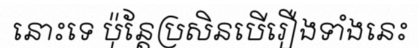
នោះទេ ប៉ុន្តែប្រសិនបើរឿងទាំងនេះ